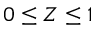
0 \le Z \le 1